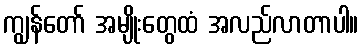
ကျွန်တော် အမျိုးတွေထံ အလည်လာတာပါ။